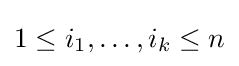
1\leq i_{1},\ldots ,i_{k}\leq n